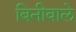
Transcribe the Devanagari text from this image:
बिनीवाले